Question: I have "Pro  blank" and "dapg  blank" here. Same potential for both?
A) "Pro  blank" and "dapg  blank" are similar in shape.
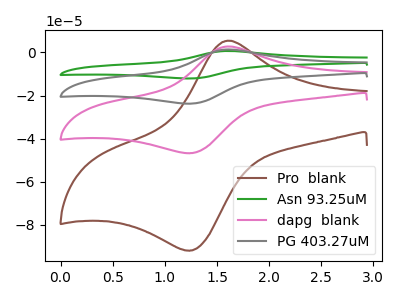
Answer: <think>The brown curve "Pro  blank" has an anodic peak at (1.60V, 5.50uA) and a cathodic peak at (1.25V, -91.90uA). The green curve "Asn 93.25uM" has an anodic peak at (1.60V, 8.35uA) and a cathodic peak at (1.25V, -140.15uA). The pink curve "dapg  blank" has an anodic peak at (1.60V, 2.80uA) and a cathodic peak at (1.25V, -46.70uA). The gray curve "PG 403.27uM" has an anodic peak at (1.60V, 5.60uA) and a cathodic peak at (1.25V, -93.40uA).
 All the peaks in "Pro  blank" have a peak in "dapg  blank" at the same potential. Every peak in "Pro  blank" is higher than every peak in "dapg  blank".</think>
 <answer>A) "Pro  blank" and "dapg  blank" are similar in shape.</answer>
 <eval>A</eval>